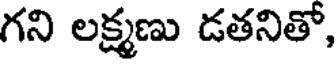
గని లక్ష్మణు డతనితో,